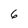
Character: 6